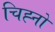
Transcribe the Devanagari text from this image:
चिह्नो